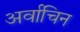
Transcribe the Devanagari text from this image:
अर्वाचिन